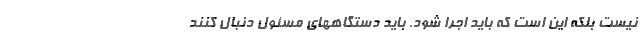
نیست بلکه این است که باید اجرا شود. باید دستگاههای مسئول دنبال کنند